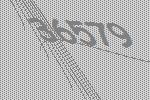
36579